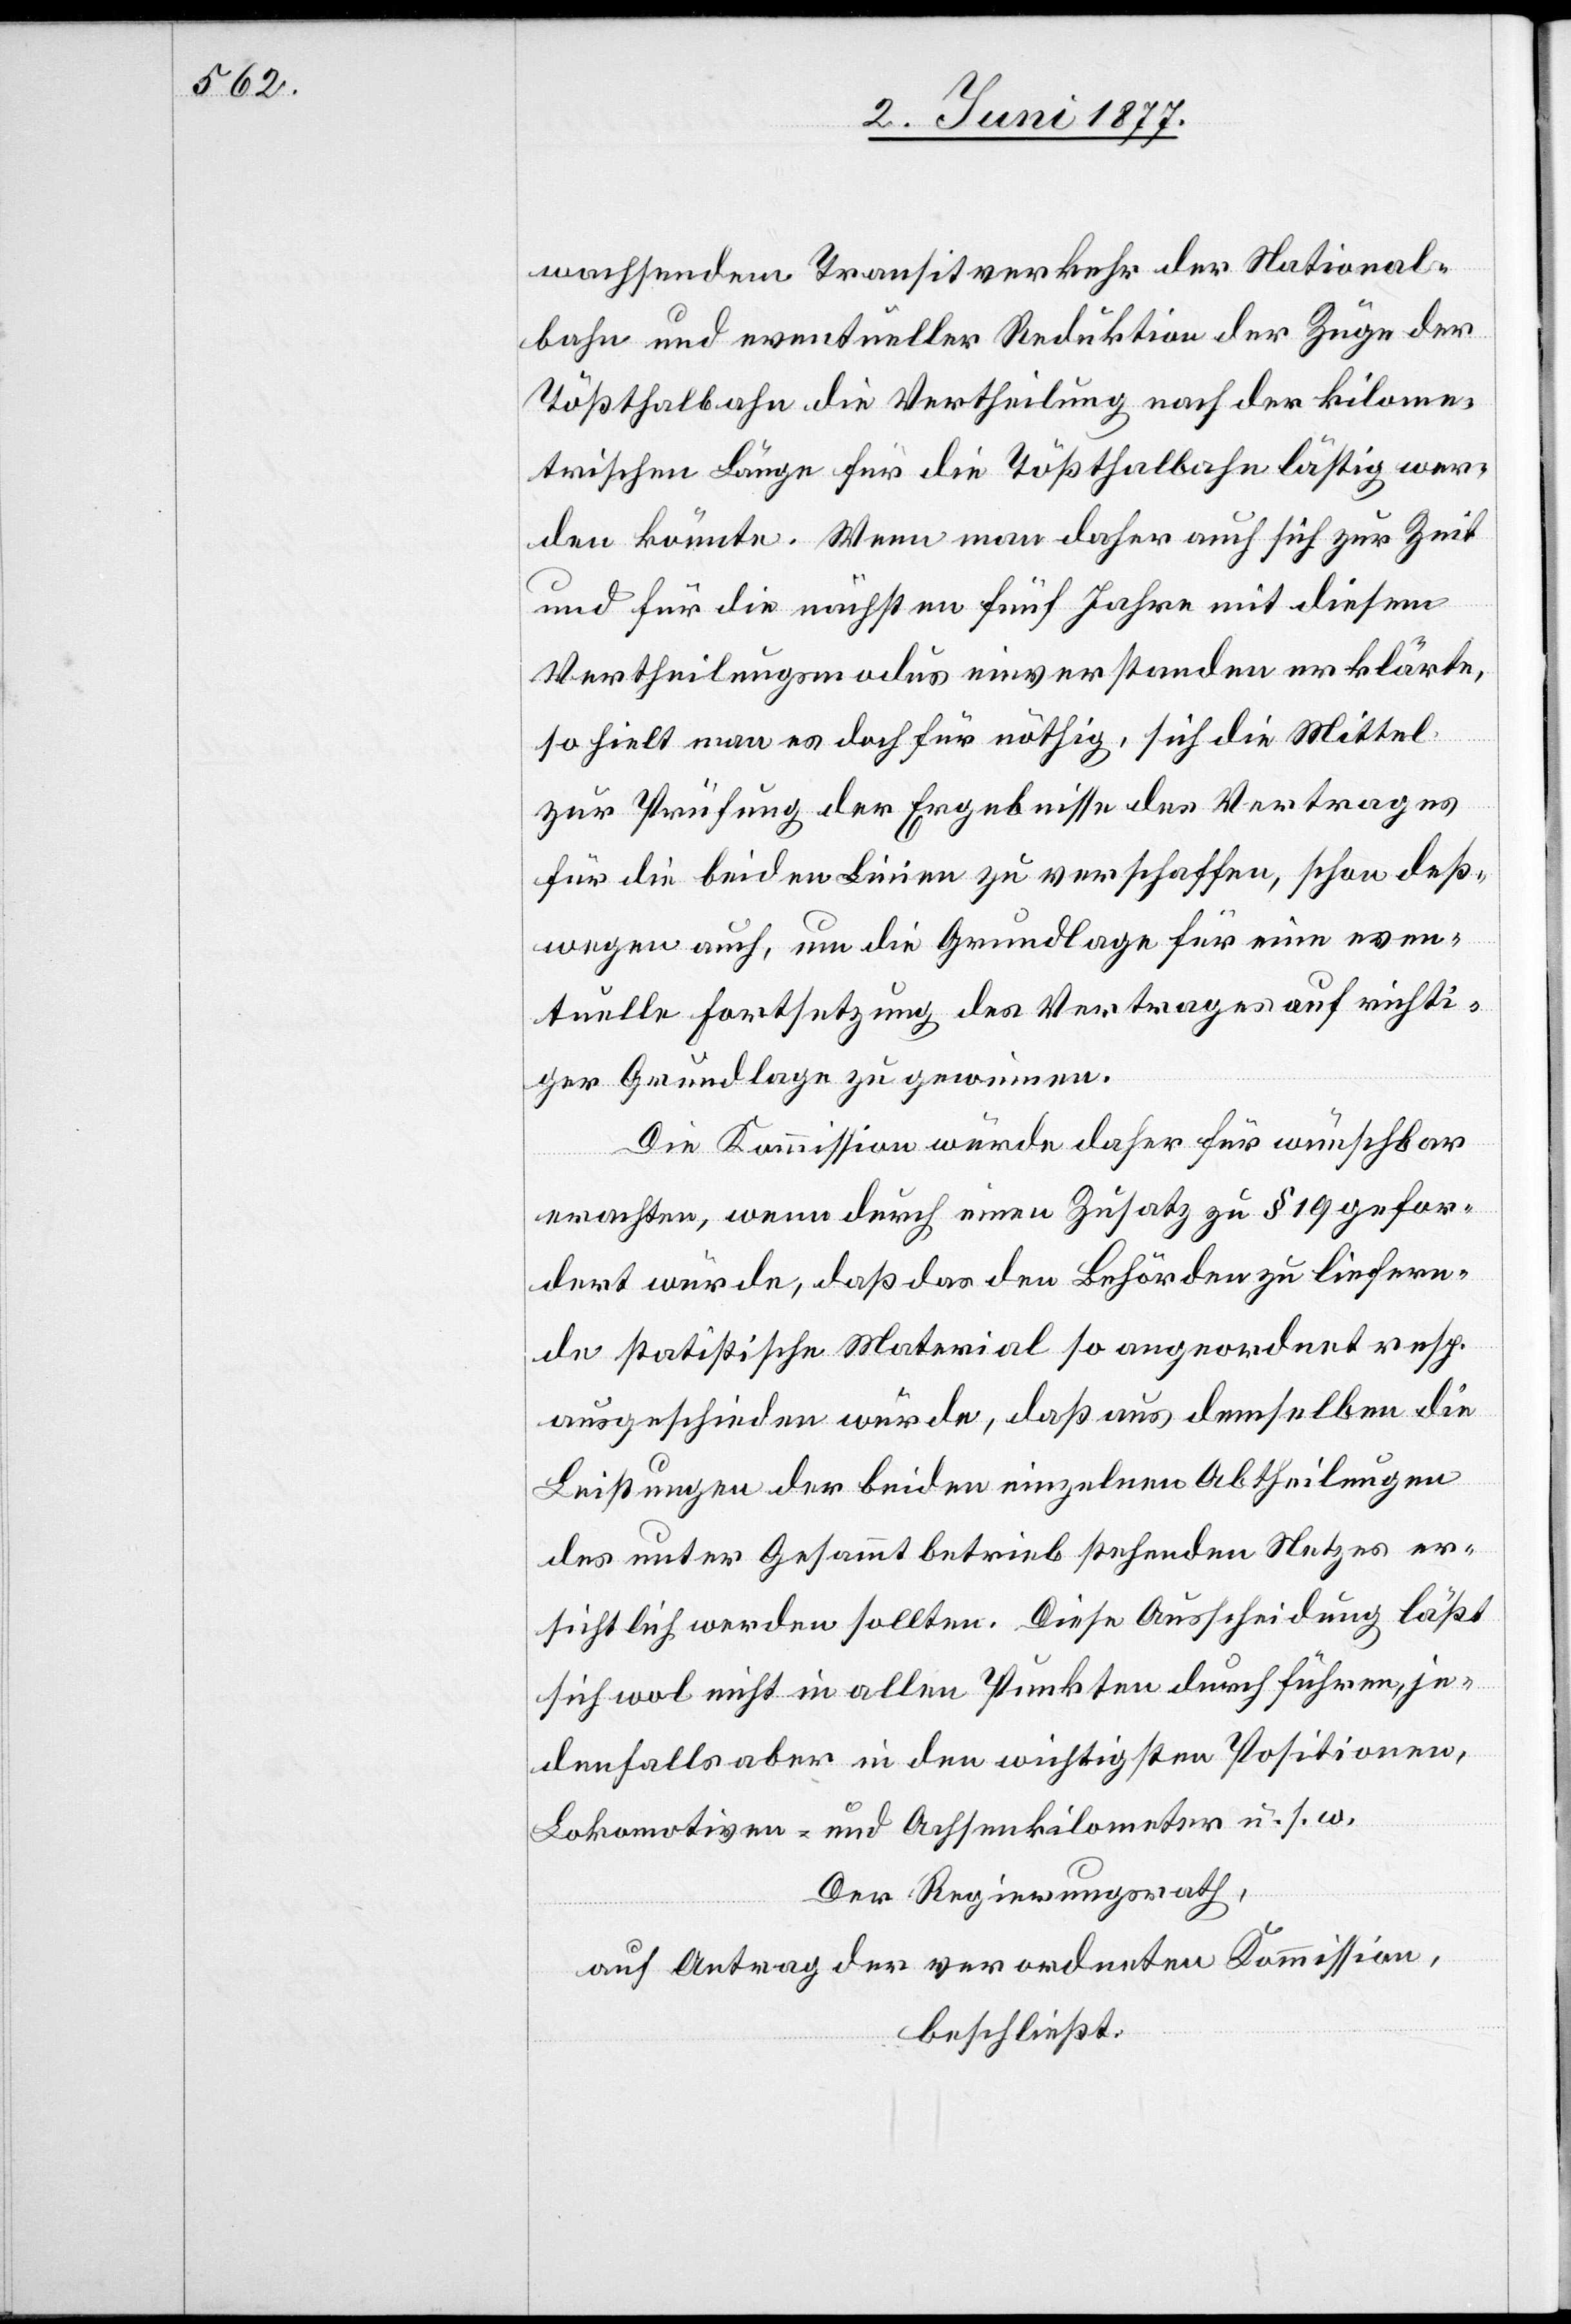
wachsendem Transitverkehr der National¬
bahn und eventueller Reduktion der Züge der
Tößthalbahn die Vertheilung nach der kilome¬
trischen Länge für die Tößthalbahn lästig wer¬
den könnte. Wenn man daher auch sich zur Zeit
und für die nächsten fünf Jahre mit diesem
Vertheilungsmodus einverstanden erkläre,
so hielt man es doch für nöthig, sich die Mittel
zur Prüfung der Ergebnisse der Vertrages
für die beiden Linien zu verschaffen, schon deß¬
wegen auch, um die Grundlage für eine even¬
tuelle Fortsetzung des Vertrages auf richti¬
ger Grundlage zu gewinnen.
Die Kommission würde daher für wünschbar
erachten, wenn durch einen Zusatz zu § 19 gefor¬
dert würde, daß das den Behörden zu liefern¬
de statistische Material so angeordnet resp.
ausgeschieden würde, daß aus demselben die
Leistungen der beiden einzelnen Abtheilung
des unter Gesammtbetrieb stehenden Netzes er¬
sichtlich werden sollten. Diese Ausscheidung läßt
sich wol nicht in allen Punkten durchführen, je¬
denfalls aber in den wichtigsten Positionen,
Lokomotiven- und Achsenkilometer u. s. w.[“]
Der Regierungsrath,
auf Antrag der verordneten Kommission,
beschließt: